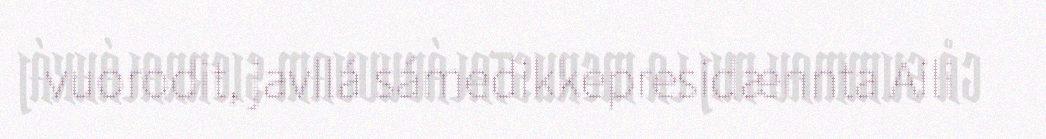
vuorodit, javllá sámedikkepresidænnta Aili